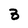
Character: 3